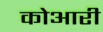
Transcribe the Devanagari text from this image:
कोआरी